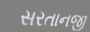
સરતાનજી